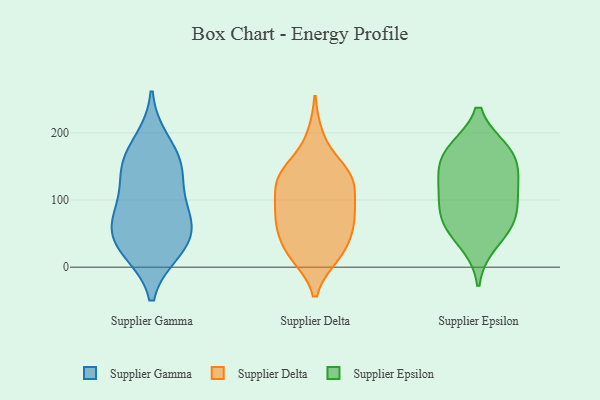
{"axis": {"x": "Bounce Rate (%)", "y": "Value"}, "legend": ["Supplier Delta", "Supplier Epsilon", "Supplier Gamma"], "data": [{"x": "", "y": 62, "type": "Supplier Gamma"}, {"x": "", "y": 82, "type": "Supplier Gamma"}, {"x": "", "y": 98, "type": "Supplier Gamma"}, {"x": "", "y": 151, "type": "Supplier Gamma"}, {"x": "", "y": 25, "type": "Supplier Gamma"}, {"x": "", "y": 187, "type": "Supplier Gamma"}, {"x": "", "y": 27, "type": "Supplier Gamma"}, {"x": "", "y": 149, "type": "Supplier Gamma"}, {"x": "", "y": 147, "type": "Supplier Gamma"}, {"x": "", "y": 63, "type": "Supplier Gamma"}, {"x": "", "y": 38, "type": "Supplier Gamma"}, {"x": "", "y": 138, "type": "Supplier Delta"}, {"x": "", "y": 53, "type": "Supplier Delta"}, {"x": "", "y": 20, "type": "Supplier Delta"}, {"x": "", "y": 21, "type": "Supplier Delta"}, {"x": "", "y": 136, "type": "Supplier Delta"}, {"x": "", "y": 127, "type": "Supplier Delta"}, {"x": "", "y": 84, "type": "Supplier Delta"}, {"x": "", "y": 193, "type": "Supplier Delta"}, {"x": "", "y": 142, "type": "Supplier Delta"}, {"x": "", "y": 68, "type": "Supplier Delta"}, {"x": "", "y": 18, "type": "Supplier Delta"}, {"x": "", "y": 75, "type": "Supplier Delta"}, {"x": "", "y": 132, "type": "Supplier Delta"}, {"x": "", "y": 125, "type": "Supplier Delta"}, {"x": "", "y": 34, "type": "Supplier Delta"}, {"x": "", "y": 78, "type": "Supplier Delta"}, {"x": "", "y": 88, "type": "Supplier Delta"}, {"x": "", "y": 123, "type": "Supplier Epsilon"}, {"x": "", "y": 36, "type": "Supplier Epsilon"}, {"x": "", "y": 147, "type": "Supplier Epsilon"}, {"x": "", "y": 174, "type": "Supplier Epsilon"}, {"x": "", "y": 119, "type": "Supplier Epsilon"}, {"x": "", "y": 104, "type": "Supplier Epsilon"}, {"x": "", "y": 174, "type": "Supplier Epsilon"}, {"x": "", "y": 71, "type": "Supplier Epsilon"}, {"x": "", "y": 69, "type": "Supplier Epsilon"}, {"x": "", "y": 168, "type": "Supplier Epsilon"}, {"x": "", "y": 68, "type": "Supplier Epsilon"}]}